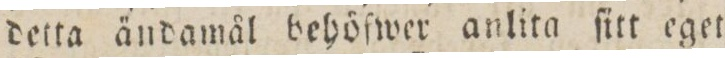
detta ändamål behöfwer anlita ſitt eget